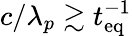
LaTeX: c/\lambda_{p}\gtrsim t_{\mathrm{eq}}^{-1}